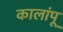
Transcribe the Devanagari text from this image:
कालांपू